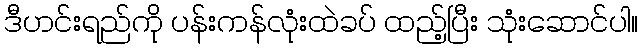
ဒီဟင်းရည်ကို ပန်းကန်လုံးထဲခပ် ထည့်ပြီး သုံးဆောင်ပါ။